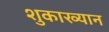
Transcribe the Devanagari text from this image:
शुकाख्यान